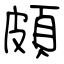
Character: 頗